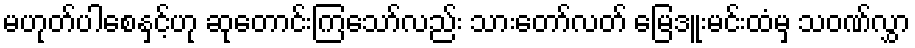
မဟုတ်ပါစေနှင့်ဟု ဆုတောင်းကြသော်လည်း သားတော်လတ် မြေဒူးမင်းထံမှ သဝဏ်လွှာ